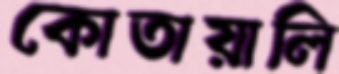
কোতায়ালি